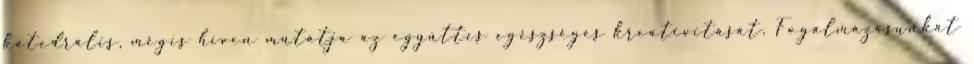
katedrális, mégis híven mutatja az együttes egészséges kreativitását. Fogalmazásunkat